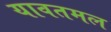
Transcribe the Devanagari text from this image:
यावतमल